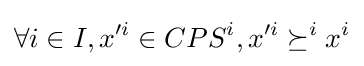
\forall i\in I,x'^{i}\in CPS^{i},x'^{i}\succeq ^{i}x^{i}